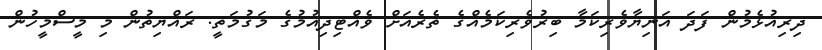
ދިރިއުޅެމުން ފަދަ އަނިޔާވެރިކަމާ ބިރުވެރިކަމެއްގެ ތެރެއަށް ވެއްޓިދިއުމުގެ މަގުމަތީ. ރައްޔިތުން މި މީސްމީހުން